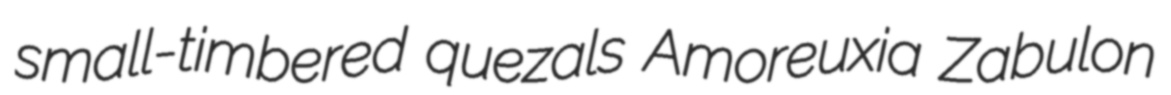
small-timbered quezals Amoreuxia Zabulon